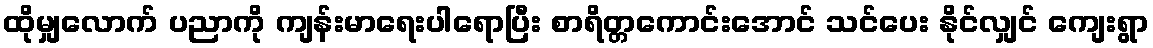
ထိုမျှလောက် ပညာကို ကျန်းမာရေးပါရောပြီး စာရိတ္တကောင်းအောင် သင်ပေး နိုင်လျှင် ကျေးရွာ